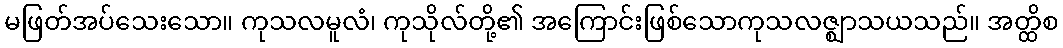
မဖြတ်အပ်သေးသော။ ကုသလမူလံ၊ ကုသိုလ်တို့၏ အကြောင်းဖြစ်သောကုသလဇ္ဈာသယသည်။ အတ္ထိစ